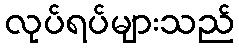
လုပ်ရပ်များသည်